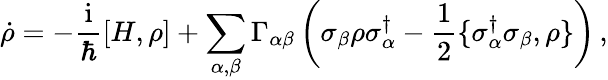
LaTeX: \dot{\rho}=-\frac{\mathrm{i}}{\hbar}\left[H,\rho\right]+\sum_{\alpha,\beta}\Gamma_{\alpha\beta}\left(\sigma_{\beta}\rho\sigma_{\alpha}^{\dagger}-\frac{1}{2}\{ \sigma_{\alpha}^{\dagger}\sigma_{\beta},\rho\} \right)\, ,